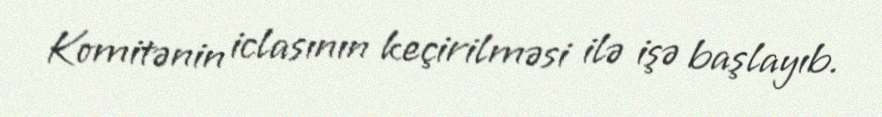
Komitənin iclasının keçirilməsi ilə işə başlayıb.